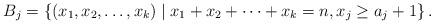
LaTeX: \begin{align*}B_{j} &= \lbrace (x_{1} , x_{2} , \dots , x_{k}) \mid x_{1} + x_{2} + \dots + x_{k} = n, x_{j} \geq a_{j} +1 \rbrace \,.\end{align*}